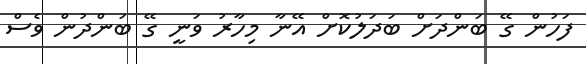
ފަހުން ގޭ ބަންދަށް ބަދަލުކޮށް އޭނާ މިހާރު ވަނީ ގޭ ބަންދުން ވެސް